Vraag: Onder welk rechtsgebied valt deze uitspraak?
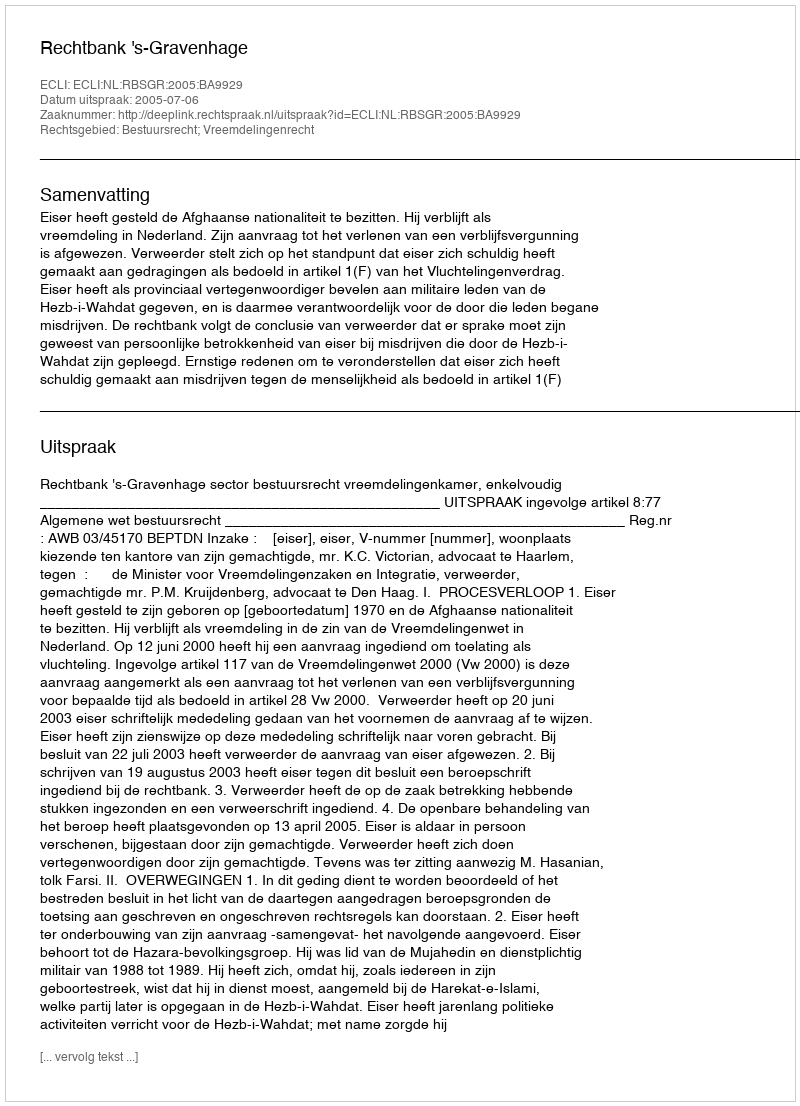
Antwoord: Bestuursrecht; Vreemdelingenrecht